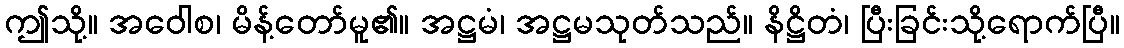
ဤသို့။ အဝေါစ၊ မိန့်တော်မူ၏။ အဋ္ဌမံ၊ အဋ္ဌမသုတ်သည်။ နိဋ္ဌိတံ၊ ပြီးခြင်းသို့ရောက်ပြီ။